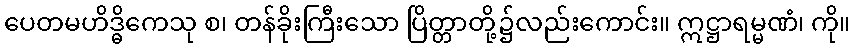
ပေတမဟိဒ္ဓိကေသု စ၊ တန်ခိုးကြီးသော ပြိတ္တာတို့၌လည်းကောင်း။ ဣဋ္ဌာရမ္မဏံ၊ ကို။